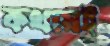
কথায়ই